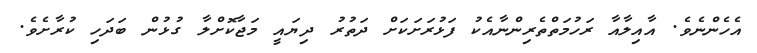
އެހެންނެވެ. އާއިލާއާ ރަހުމަތްތެރިންނާއެކު ފަޅުރަަށަކަށް ދަތުރު ދިޔައީ މަޖާކޮށްލާ ގުޅުން ބަދަހި ކުރާށެވެ.